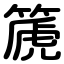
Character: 篪